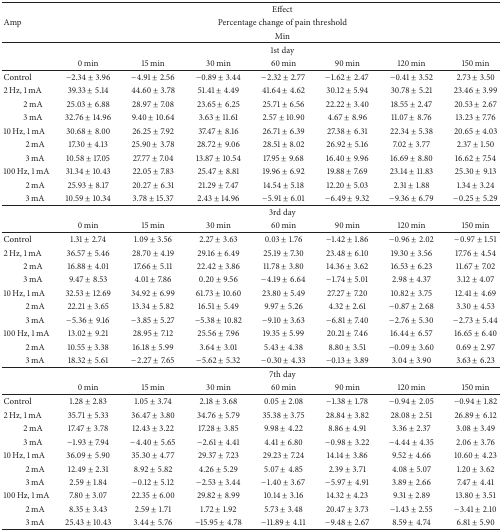
<table><thead><tr><td><b> </b></td><td colspan="7"><b>Effect</b></td></tr><tr><td><b>Amp</b></td><td colspan="7"><b>Percentage change of pain threshold</b></td></tr><tr><td><b> </b></td><td colspan="7"><b>Min</b></td></tr></thead><tbody><tr><td> </td><td colspan="7">1st day</td></tr><tr><td> </td><td>0 min</td><td>15 min</td><td>30 min</td><td>60 min</td><td>90 min</td><td>120 min</td><td>150 min</td></tr><tr><td>Control</td><td>−2.34 ± 3.96</td><td>−4.91 ± 2.56</td><td>−0.89 ± 3.44</td><td>−2.32 ± 2.77</td><td>−1.62 ± 2.47</td><td>−0.41 ± 3.52</td><td>2.73 ± 3.50</td></tr><tr><td>2 Hz, 1 mA</td><td>39.33 ± 5.14</td><td>44.60 ± 3.78</td><td>51.41 ± 4.49</td><td>41.64 ± 4.62</td><td>30.12 ± 5.94</td><td>30.78 ± 5.21</td><td>23.46 ± 3.99</td></tr><tr><td>2 mA</td><td>25.03 ± 6.88</td><td>28.97 ± 7.08</td><td>23.65 ± 6.25</td><td>25.71 ± 6.56</td><td>22.22 ± 3.40</td><td>18.55 ± 2.47</td><td>20.53 ± 2.67</td></tr><tr><td>3 mA</td><td>32.76 ± 14.96</td><td>9.40 ± 10.64</td><td>3.63 ± 11.61</td><td>2.57 ± 10.90</td><td>4.67 ± 8.96</td><td>11.07 ± 8.76</td><td>13.23 ± 7.76</td></tr><tr><td>10 Hz, 1 mA</td><td>30.68 ± 8.00</td><td>26.25 ± 7.92</td><td>37.47 ± 8.16</td><td>26.71 ± 6.39</td><td>27.38 ± 6.31</td><td>22.34 ± 5.38</td><td>20.65 ± 4.03</td></tr><tr><td>2 mA</td><td>17.30 ± 4.13</td><td>25.90 ± 3.78</td><td>28.72 ± 9.06</td><td>28.51 ± 8.02</td><td>26.92 ± 5.16</td><td>7.02 ± 3.77</td><td>2.37 ± 1.50</td></tr><tr><td>3 mA</td><td>10.58 ± 17.05</td><td>27.77 ± 7.04</td><td>13.87 ± 10.54</td><td>17.95 ± 9.68</td><td>16.40 ± 9.96</td><td>16.69 ± 8.80</td><td>16.62 ± 7.54</td></tr><tr><td>100 Hz, 1 mA</td><td>31.34 ± 10.43</td><td>22.05 ± 7.83</td><td>25.47 ± 8.81</td><td>19.96 ± 6.92</td><td>19.88 ± 7.69</td><td>23.14 ± 11.83</td><td>25.30 ± 9.13</td></tr><tr><td>2 mA</td><td>25.93 ± 8.17</td><td>20.27 ± 6.31</td><td>21.29 ± 7.47</td><td>14.54 ± 5.18</td><td>12.20 ± 5.03</td><td>2.31 ± 1.88</td><td>1.34 ± 3.24</td></tr><tr><td>3 mA</td><td>10.59 ± 10.34</td><td>3.78 ± 15.37</td><td>2.43 ± 14.96</td><td>−5.91 ± 6.01</td><td>−6.49 ± 9.32</td><td>−9.36 ± 6.79</td><td>−0.25 ± 5.29</td></tr><tr><td> </td><td colspan="7">3rd day</td></tr><tr><td> </td><td>0 min</td><td>15 min</td><td>30 min</td><td>60 min</td><td>90 min</td><td>120 min</td><td>150 min</td></tr><tr><td>Control</td><td>1.31 ± 2.74</td><td>1.09 ± 3.56</td><td>2.27 ± 3.63</td><td>0.03 ± 1.76</td><td>−1.42 ± 1.86</td><td>−0.96 ± 2.02</td><td>−0.97 ± 1.51</td></tr><tr><td>2 Hz, 1 mA</td><td>36.57 ± 5.46</td><td>28.70 ± 4.19</td><td>29.16 ± 6.49</td><td>25.19 ± 7.30</td><td>23.48 ± 6.10</td><td>19.30 ± 3.56</td><td>17.76 ± 4.54</td></tr><tr><td>2 mA</td><td>16.88 ± 4.01</td><td>17.66 ± 5.11</td><td>22.42 ± 3.86</td><td>11.78 ± 3.80</td><td>14.36 ± 3.62</td><td>16.53 ± 6.23</td><td>11.67 ± 7.02</td></tr><tr><td>3 mA</td><td>9.47 ± 8.53</td><td>4.01 ± 7.86</td><td>0.20 ± 9.56</td><td>−4.19 ± 6.64</td><td>−1.74 ± 5.01</td><td>2.98 ± 4.37</td><td>3.12 ± 4.07</td></tr><tr><td>10 Hz, 1 mA</td><td>32.53 ± 12.69</td><td>34.92 ± 6.99</td><td>61.73 ± 10.60</td><td>23.80 ± 5.49</td><td>27.27 ± 7.20</td><td>10.82 ± 3.75</td><td>12.41 ± 4.69</td></tr><tr><td>2 mA</td><td>22.21 ± 3.65</td><td>13.34 ± 5.82</td><td>16.51 ± 5.49</td><td>9.97 ± 5.26</td><td>4.32 ± 2.61</td><td>−0.87 ± 2.68</td><td>3.30 ± 4.53</td></tr><tr><td>3 mA</td><td>−5.36 ± 9.16</td><td>−3.85 ± 5.27</td><td>−5.38 ± 10.82</td><td>−9.10 ± 3.63</td><td>−6.81 ± 7.40</td><td>−2.76 ± 5.30</td><td>−2.73 ± 5.44</td></tr><tr><td>100 Hz, 1 mA</td><td>13.02 ± 9.21</td><td>28.95 ± 7.12</td><td>25.56 ± 7.96</td><td>19.35 ± 5.99</td><td>20.21 ± 7.46</td><td>16.44 ± 6.57</td><td>16.65 ± 6.40</td></tr><tr><td>2 mA</td><td>10.55 ± 3.38</td><td>16.18 ± 5.99</td><td>3.64 ± 3.01</td><td>5.43 ± 4.38</td><td>8.80 ± 3.51</td><td>−0.09 ± 3.60</td><td>0.69 ± 2.97</td></tr><tr><td>3 mA</td><td>18.32 ± 5.61</td><td>−2.27 ± 7.65</td><td>−5.62 ± 5.32</td><td>−0.30 ± 4.33</td><td>−0.13 ± 3.89</td><td>3.04 ± 3.90</td><td>3.63 ± 6.23</td></tr><tr><td> </td><td colspan="7">7th day</td></tr><tr><td> </td><td>0 min</td><td>15 min</td><td>30 min</td><td>60 min</td><td>90 min</td><td>120 min</td><td>150 min</td></tr><tr><td>Control</td><td>1.28 ± 2.83</td><td>1.05 ± 3.74</td><td>2.18 ± 3.68</td><td>0.05 ± 2.08</td><td>−1.38 ± 1.78</td><td>−0.94 ± 2.05</td><td>−0.94 ± 1.82</td></tr><tr><td>2 Hz, 1 mA</td><td>35.71 ± 5.33</td><td>36.47 ± 3.80</td><td>34.76 ± 5.79</td><td>35.38 ± 3.75</td><td>28.84 ± 3.82</td><td>28.08 ± 2.51</td><td>26.89 ± 6.12</td></tr><tr><td>2 mA</td><td>17.47 ± 3.78</td><td>12.43 ± 3.22</td><td>17.28 ± 3.85</td><td>9.98 ± 4.22</td><td>8.86 ± 4.91</td><td>3.36 ± 2.37</td><td>3.08 ± 3.49</td></tr><tr><td>3 mA</td><td>−1.93 ± 7.94</td><td>−4.40 ± 5.65</td><td>−2.61 ± 4.41</td><td>4.41 ± 6.80</td><td>−0.98 ± 3.22</td><td>−4.44 ± 4.35</td><td>2.06 ± 3.76</td></tr><tr><td>10 Hz, 1 mA</td><td>36.09 ± 5.90</td><td>35.30 ± 4.77</td><td>29.37 ± 7.23</td><td>29.23 ± 7.24</td><td>14.14 ± 3.86</td><td>9.52 ± 4.66</td><td>10.60 ± 4.23</td></tr><tr><td>2 mA</td><td>12.49 ± 2.31</td><td>8.92 ± 5.82</td><td>4.26 ± 5.29</td><td>5.07 ± 4.85</td><td>2.39 ± 3.71</td><td>4.08 ± 5.07</td><td>1.20 ± 3.62</td></tr><tr><td>3 mA</td><td>2.59 ± 1.84</td><td>−0.12 ± 5.12</td><td>−2.53 ± 3.44</td><td>−1.40 ± 3.67</td><td>−5.97 ± 4.91</td><td>3.89 ± 2.66</td><td>7.47 ± 4.41</td></tr><tr><td>100 Hz, 1 mA</td><td>7.80 ± 3.07</td><td>22.35 ± 6.00</td><td>29.82 ± 8.99</td><td>10.14 ± 3.16</td><td>14.32 ± 4.23</td><td>9.31 ± 2.89</td><td>13.80 ± 3.51</td></tr><tr><td>2 mA</td><td>8.35 ± 3.43</td><td>2.59 ± 1.71</td><td>1.72 ± 1.92</td><td>5.73 ± 3.48</td><td>20.47 ± 3.73</td><td>−1.43 ± 2.55</td><td>−3.41 ± 2.10</td></tr><tr><td>3 mA</td><td>25.43 ± 10.43</td><td>3.44 ± 5.76</td><td>−15.95 ± 4.78</td><td>−11.89 ± 4.11</td><td>−9.48 ± 2.67</td><td>8.59 ± 4.74</td><td>6.81 ± 5.90</td></tr></tbody></table>